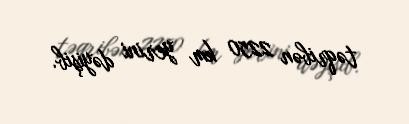
təqribən 2250 km yerini dəyişib.